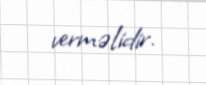
verməlidir.